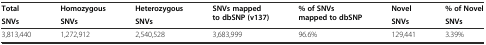
<table><thead><tr><td><b>Total</b></td><td><b>Homozygous</b></td><td><b>Heterozygous</b></td><td rowspan="2"><b>SNVs mapped to dbSNP (v137)</b></td><td rowspan="2"><b>% of SNVs mapped to dbSNP</b></td><td><b>Novel</b></td><td><b>% of Novel</b></td></tr><tr><td><b>SNVs</b></td><td><b>SNVs</b></td><td><b>SNVs</b></td><td><b>SNVs</b></td><td><b>SNVs</b></td></tr></thead><tbody><tr><td>3,813,440</td><td>1,272,912</td><td>2,540,528</td><td>3,683,999</td><td>96.6%</td><td>129,441</td><td>3.39%</td></tr></tbody></table>